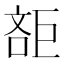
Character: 𣁔